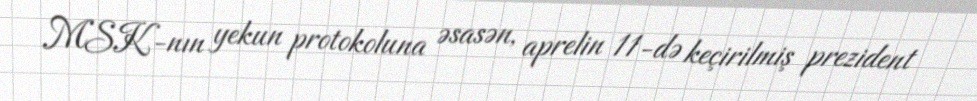
MSK-nın yekun protokoluna əsasən, aprelin 11-də keçirilmiş prezident